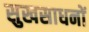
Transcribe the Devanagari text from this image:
सुखसाधनों